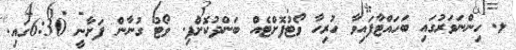
ޅ. ހިންނަވަރުގައި ބަހައްޓާފައިވާ ހުރިހާ ވޯޓުފޮށްޓެއް ބަންދުކޮށްފި. ވޯޓު ގުނާން ފަށާނީ 6:30ގައި.